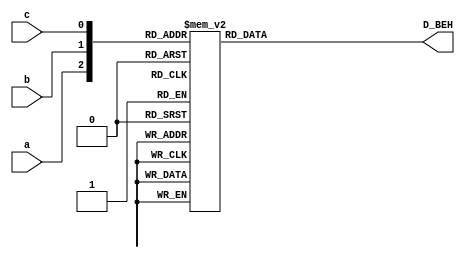
module decoder3_8_Beh (a, b, c, D_BEH);
	input a, b, c;
	output [7:0]D_BEH;
	reg [7:0]D_BEH;
	wire [2:0] in;
	
	assign in = {a, b, c};
	
	always @(a or b or c) 
		begin			
			case(in)
				3'd0 : D_BEH = 8'd1;
				3'd1 : D_BEH = 8'd2;
				3'd2 : D_BEH = 8'd4;
				3'd3 : D_BEH = 8'd8;
				3'd4 : D_BEH = 8'd16;
				3'd5 : D_BEH = 8'd32;
				3'd6 : D_BEH = 8'd64;
				3'd7 : D_BEH = 8'd128;
				default: D_BEH = 8'd0;
			endcase
		end	
endmodule